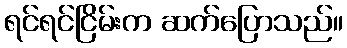
ရင်ရင်ငြိမ်းက ဆက်ပြောသည်။